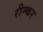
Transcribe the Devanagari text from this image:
रीम्कर